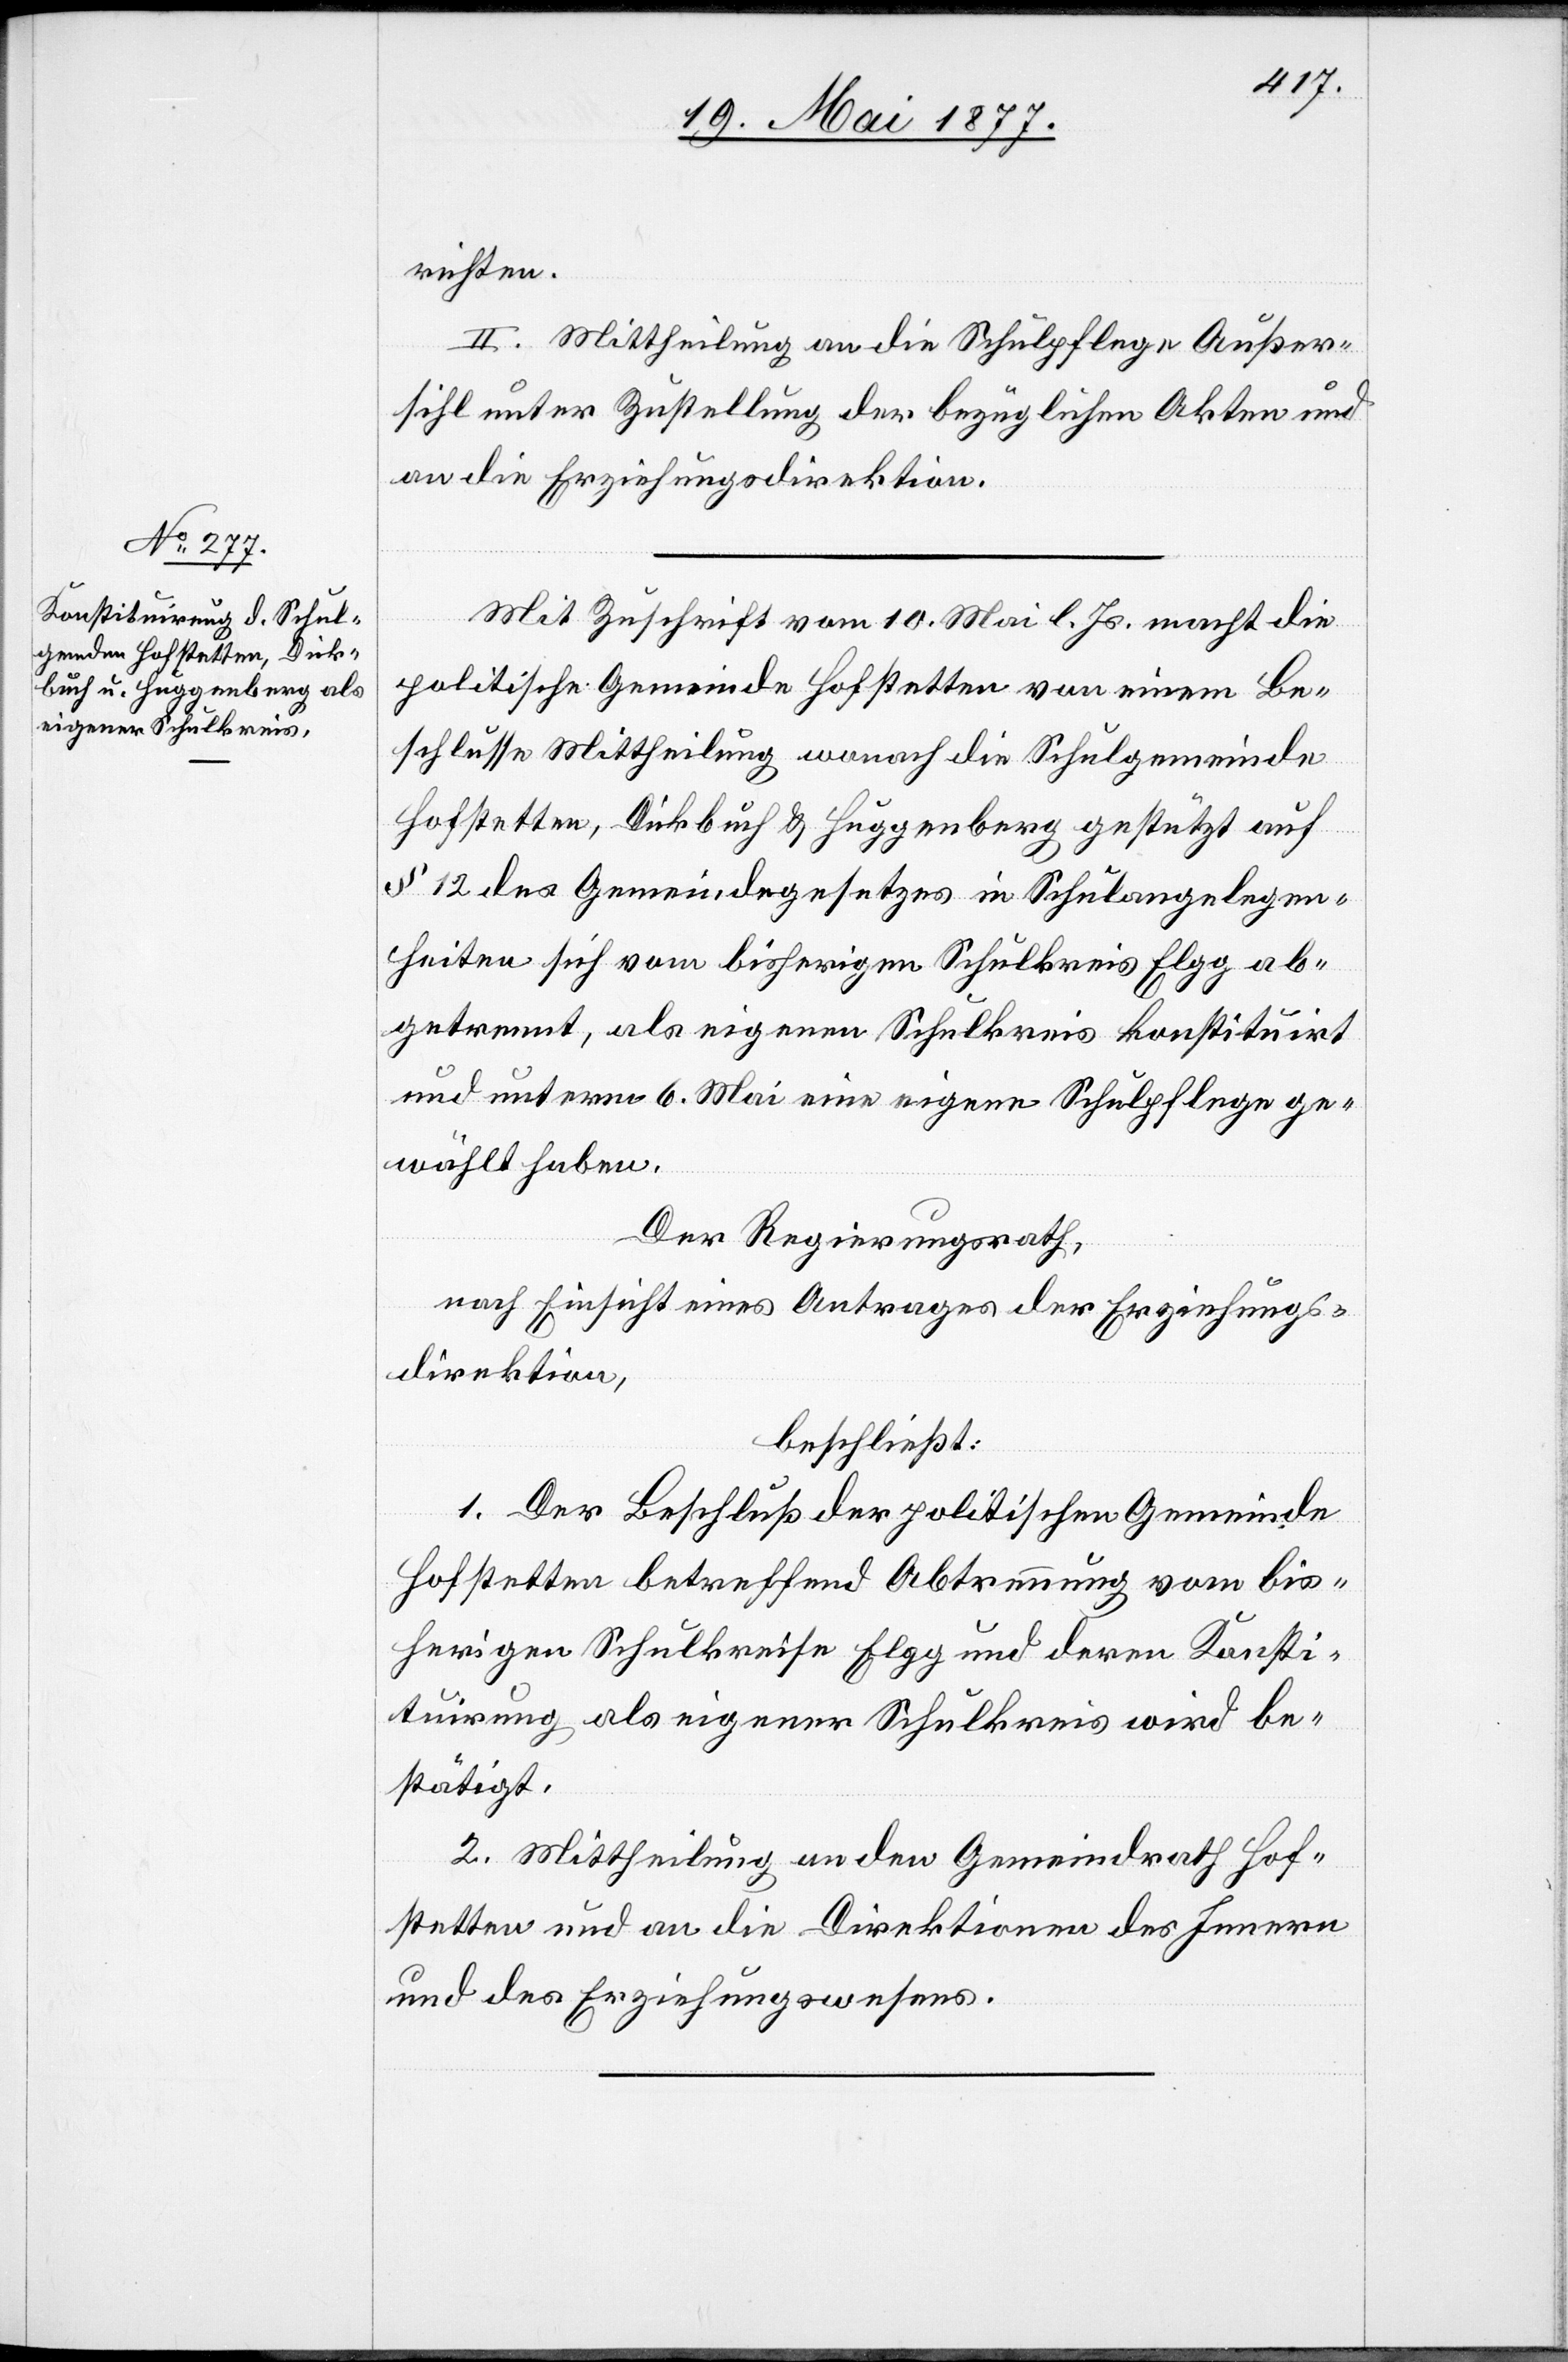
richten.
II. Mittheilung an die Schulpflege Außer¬
sihl unter Zustellung der bezüglichen Akten und
an die Erziehungsdirektion.
Mit Zuschrift vom 10. Mai l. Js. macht die
politische Gemeinde Hofstetten von einem Be¬
schlusse Mittheilung wonach die Schulgemeinde
Hofstetten, Dickbuch & Huggenberg gestützt auf
§ 12 des Gemeindegesetzes in Schulangelegen¬
heiten sich vom bisherigen Schulkreis Elgg ab¬
getrennt, als eigenen Schulkreis konstiturirt
und unterm 6. Mai eine eigene Schulpflege ge¬
wählt haben.
Der Regierungsrath,
nach Einsicht eines Antrages der Erziehungs¬
direktion,
beschließt:
1. Der Beschluß der politischen Gemeinde
Hofstetten betreffend Abtrennung vom bis¬
herigen Schulkreise Elgg und deren Konsti¬
tuirung als eigener Schulkreis wird be¬
stätigt.
2. Mittheilung an den Gemeindrath Hof¬
stetten und an die Direktionen des Innern
und des Erziehungswesens.